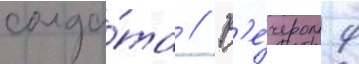
солда́та // В'е́чером 9